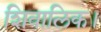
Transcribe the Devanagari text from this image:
शिवालिक।